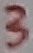
Text: 3